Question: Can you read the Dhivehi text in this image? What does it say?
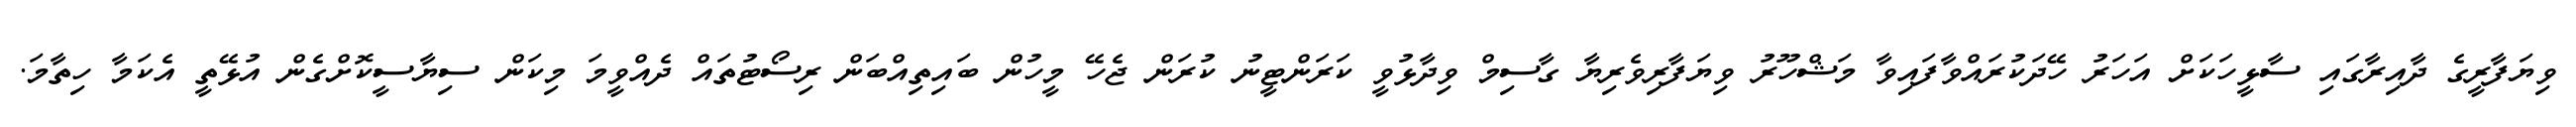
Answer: ވިޔަފާރީގެ ދާއިރާގައި ސާޅީހަކަށް އަހަރު ހޭދަކުރައްވާފައިވާ މަޝްހޫރު ވިޔަފާރިވެރިޔާ ގާސިމް ވިދާޅުވީ ކަރަންޓީނު ކުރަން ޖެހޭ މީހުން ބައިތިއްބަން ރިސޯޓުތައް ދެއްވީމަ މިކަން ސިޔާސީކޮށްގެން އުޅޭތީ އެކަމާ ހިތާމަ.